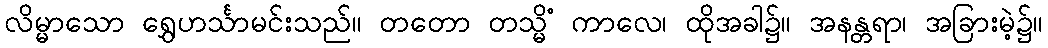
လိမ္မာသော ရွှေဟင်္သာမင်းသည်။ တတော တသ္မိံ ကာလေ၊ ထိုအခါ၌။ အနန္တရာ၊ အခြားမဲ့၌။